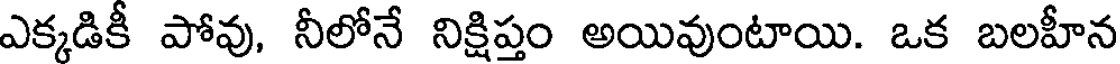
ఎక్కడికీ పోవు, నీలోనే నిక్షిప్తం అయివుంటాయి. ఒక బలహీన